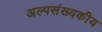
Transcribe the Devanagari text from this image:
अल्पसंख्यकीय